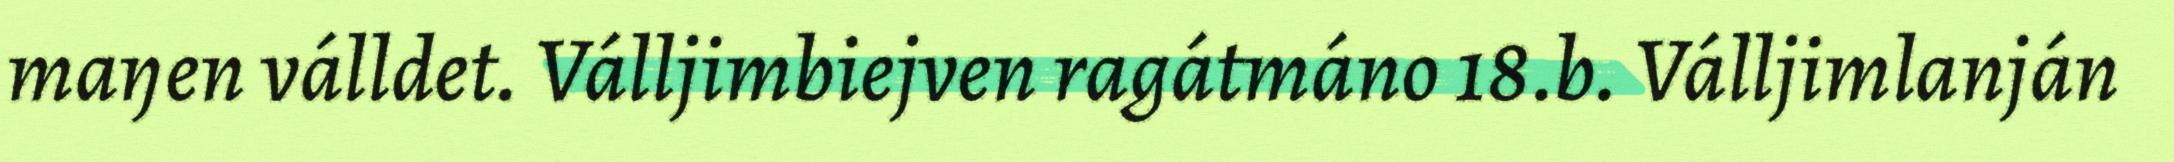
maŋen válldet. Válljimbiejven ragátmáno 18.b. Válljimlanján